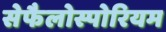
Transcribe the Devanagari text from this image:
सेफैलोस्पोरियम